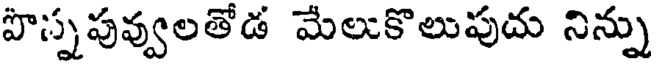
పొస్నపువ్వులతోడ మేలుకొలుపుదు నిన్ను